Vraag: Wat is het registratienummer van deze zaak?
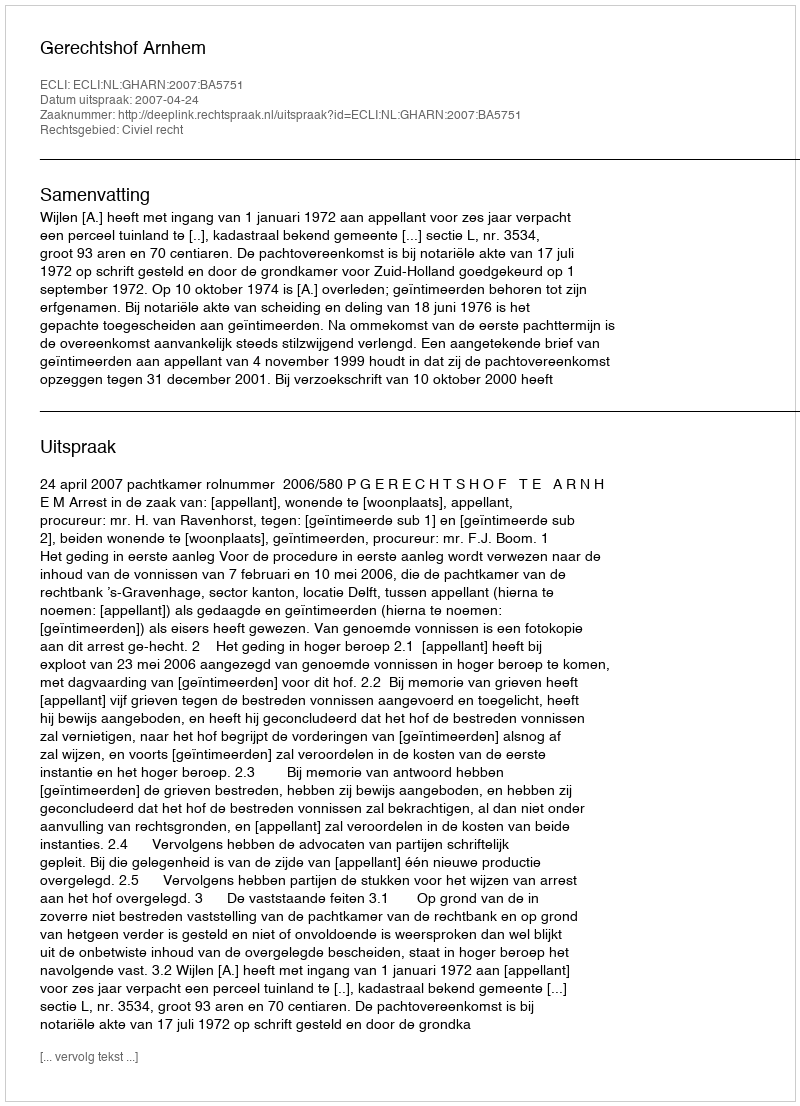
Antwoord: http://deeplink.rechtspraak.nl/uitspraak?id=ECLI:NL:GHARN:2007:BA5751